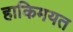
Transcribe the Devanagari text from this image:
हाकिमयत